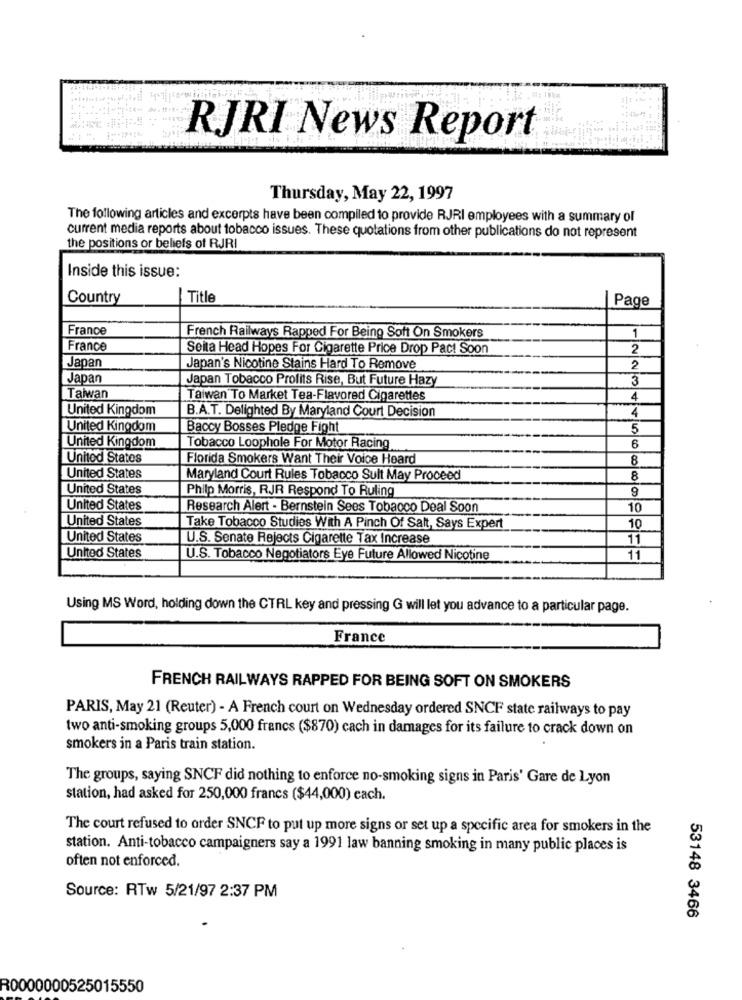
RJRI News Report
Thursday, May 22, 1997
The following articles and excerpts have been compiled to provide RJRI employees with a summary of
current media reports about tobacco issues. These quotations from other publications do not represent
the positions or beliefs of RJRI
Inside this issue:
Country
Title
Page
France
French Railways Rapped For Being Soft On Smokers
1
France
Seita Head Hopes For Cigarette Price Drop Pact Soon
2
Japan
Japan's Nicotine Stains Hard To Remove
2
Japan
Japan Tobacco Profits Rise, But Future Hazy
3
Taiwan
Taiwan To Market Tea-Flavored Cigarettes
4
United Kingdom
B.A.T. Delighted By Maryland Court Decision
4
United Kingdom
Baccy Bosses Pledge Fight
5
United Kingdom
Tobacco Loophole For Motor Racing
6
United States
Florida Smokers Want Their Voice Heard
8
United States
Maryland Court Rules Tobacco Sult May Proceed
8
United States
9
Philp Morris, RJR Respond To Ruling
United States
Research Alert - Bernstein Sees Tobacco Deal Soon
10
United States
Take Tobacco Studies With A Pinch Of Salt, Says Expert
10
United States
U.S. Senate Rejects Cigarette Tax Increase
11
United States
U.S. Tobacco Negotiators Eye Future Allowed Nicotine
11
Using MS Word, holding down the CTRL key and pressing G will let you advance to a particular page.
France
FRENCH RAILWAYS RAPPED FOR BEING SOFT ON SMOKERS
PARIS, May 21 (Reuter) - A French court on Wednesday ordered SNCF state railways to pay
two anti-smoking groups 5,000 francs ($870) cach in damages for its failure to crack down on
smokers in a Paris train station.
The groups, saying SNCF did nothing to enforce no-smoking signs in Paris' Gare de Lyon
station, had asked for 250,000 francs ($44,000) each.
The court refused to order SNCF to put up more signs or set up a specific area for smokers in the
station. Anti-tobacco campaigners say a 1991 law banning smoking in many public places is
often not enforced.
Source: RTw 5/21/97 2:37 PM
53148 3466
R0000000525015550